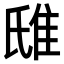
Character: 𨾛